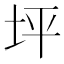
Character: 坪